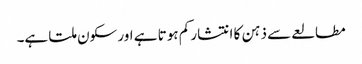
مطالعے سے ذہن کا انتشار کم ہوتا ہے اور سکون ملتا ہے۔